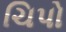
ચિપો